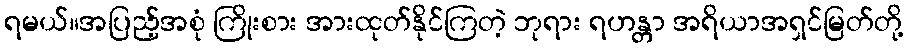
ရမယ်။အပြည့်အစုံ ကြိုးစား အားထုတ်နိုင်ကြတဲ့ ဘုရား ရဟန္တာ အရိယာအရှင်မြတ်တို့